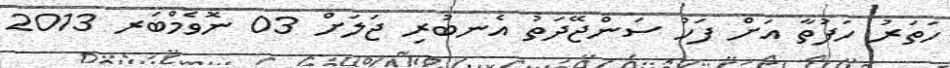
ހަތަރު ހަފުތާ އަށް ފަހު ސަންޖޭދަތު އެނބުރި ޖަލަށް 03 ނޮވެމްބަރ 2013